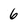
Character: 6